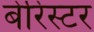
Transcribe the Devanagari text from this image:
बेरिस्टर